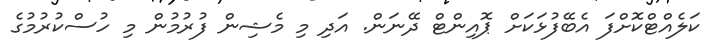
ކަލެއްޓްކޮށްފަ އެބޭފުޅަކަށް ޕޮއިންޓް ދޭނަން. އަދި މި މެޝިން ފުރުމުން މި ހުސްކުރުމުގެ